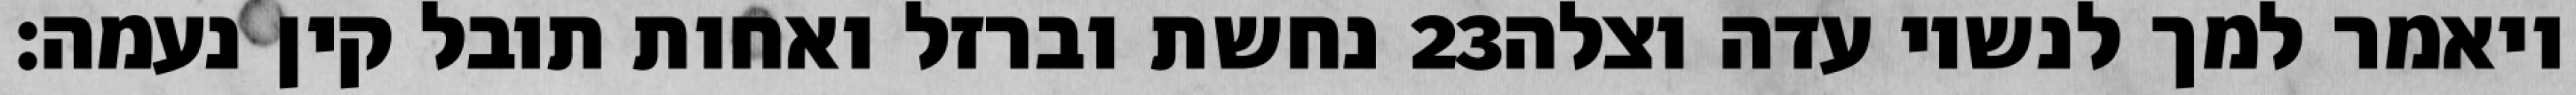
נחשת וברזל ואחות תובל קין נעמה׃ ‎23‏ ויאמר למך לנשיו עדה וצלה